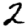
Digit: 2